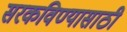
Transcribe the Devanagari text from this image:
सरकविण्यासाठी